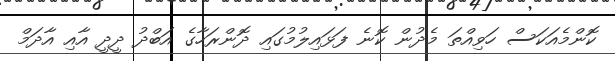
ކޮންމެއަކަސް ހަވިއްތަ މެދުން ކޮނެ ފަޅައިލުމުގައި ދޮންރަހާގެ އަބްދު ދީދީ އާއި އާދަމް